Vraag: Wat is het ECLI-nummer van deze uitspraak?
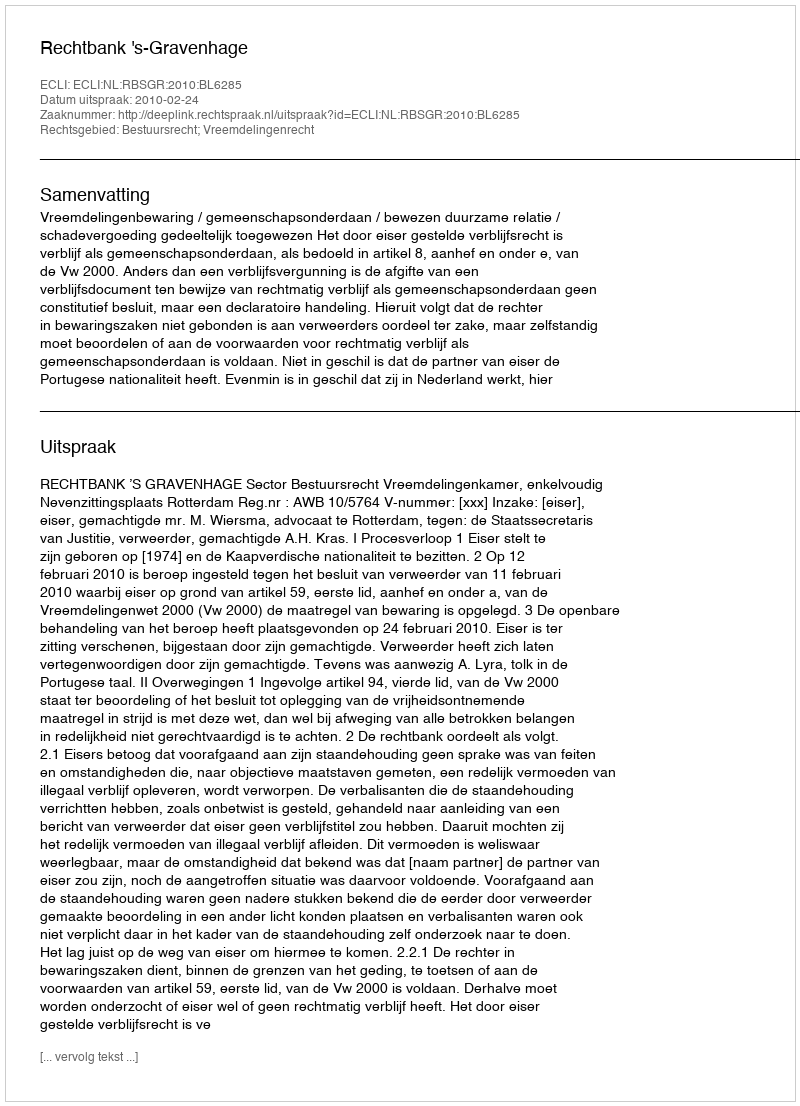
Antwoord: ECLI:NL:RBSGR:2010:BL6285